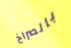
بالصراخ